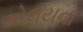
મોલયના